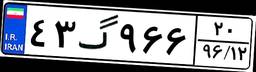
۴۳گ۹۶۶۲۰